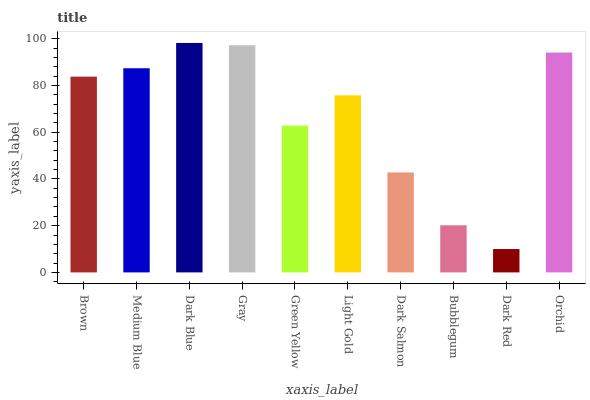
| xaxis_label | bars |
 | --- | --- |
 | Brown | 83.8 |
 | Medium Blue | 87.4 |
 | Dark Blue | 98.2 |
 | Gray | 97.3 |
 | Green Yellow | 62.9 |
 | Light Gold | 75.8 |
 | Dark Salmon | 42.8 |
 | Bubblegum | 20.2 |
 | Dark Red | 10 |
 | Orchid | 94.1 |